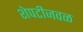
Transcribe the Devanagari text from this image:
शेपटीजवळ